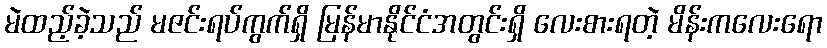
မဲထည့်ခဲ့သည် မဇင်းရပ်ကွက်ရှိ မြန်မာနိုင်ငံအတွင်းရှိ လေးစားရတဲ့ မိန်းကလေးရော